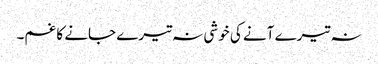
نہ تیرے آنے کی خوشی نہ تیرے جانے کا غم۔